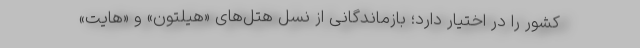
کشور را در اختیار دارد؛ بازماندگانی از نسل هتل‌های «هیلتون» و «هایت»